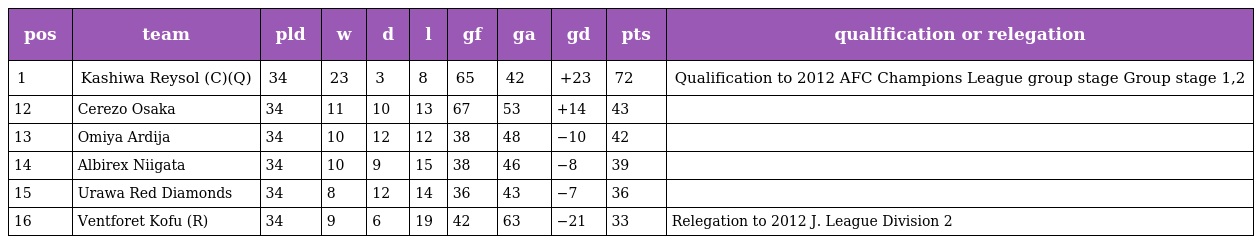
| pos | team | pld | w | d | l | gf | ga | gd | pts | qualification or relegation |
 | --- | --- | --- | --- | --- | --- | --- | --- | --- | --- | --- |
 | 1 | Kashiwa Reysol (C)(Q) | 34 | 23 | 3 | 8 | 65 | 42 | +23 | 72 | Qualification to 2012 AFC Champions League group stage Group stage 1,2 |
 | 12 | Cerezo Osaka | 34 | 11 | 10 | 13 | 67 | 53 | +14 | 43 |  |
 | 13 | Omiya Ardija | 34 | 10 | 12 | 12 | 38 | 48 | −10 | 42 |  |
 | 14 | Albirex Niigata | 34 | 10 | 9 | 15 | 38 | 46 | −8 | 39 |  |
 | 15 | Urawa Red Diamonds | 34 | 8 | 12 | 14 | 36 | 43 | −7 | 36 |  |
 | 16 | Ventforet Kofu (R) | 34 | 9 | 6 | 19 | 42 | 63 | −21 | 33 | Relegation to 2012 J. League Division 2 |